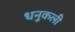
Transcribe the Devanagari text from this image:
धनुकली